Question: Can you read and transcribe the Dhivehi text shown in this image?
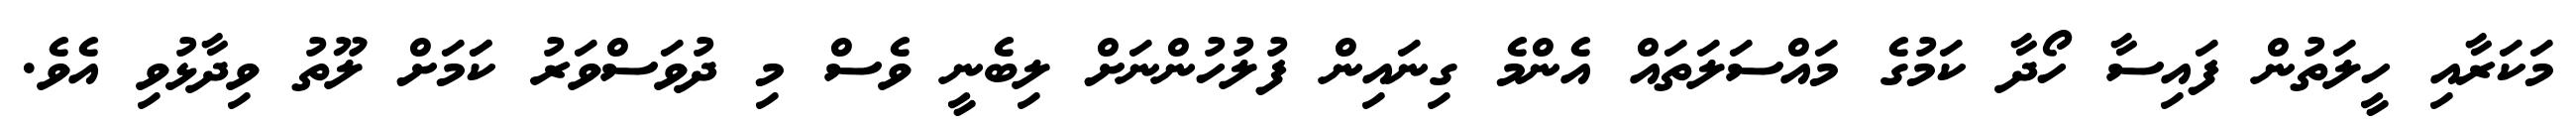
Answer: މަކަރާއި ހީލަތުން ފައިސާ ހޯދާ ކަމުގެ މައްސަލަތައް އެންމެ ގިނައިން ފުލުހުންނަށް ލިބެނީ ވެސް މި ދުވަސްވަރު ކަަމަށް ލޫތު ވިދާޅުވި އެވެ.